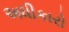
અધીકારો